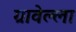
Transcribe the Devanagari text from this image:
ग्रावेल्ला